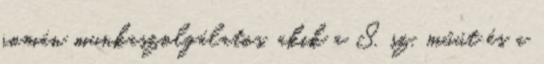
román munkaszolgálatos, akik a 8. sz. műút és a